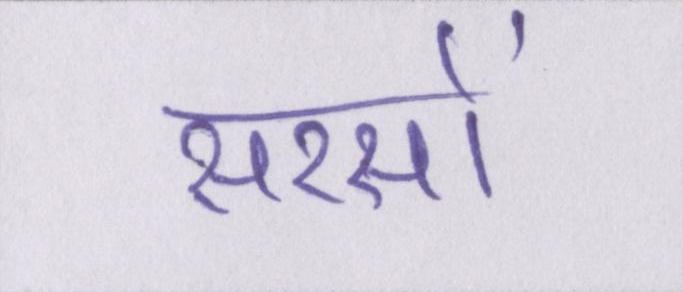
सरसों